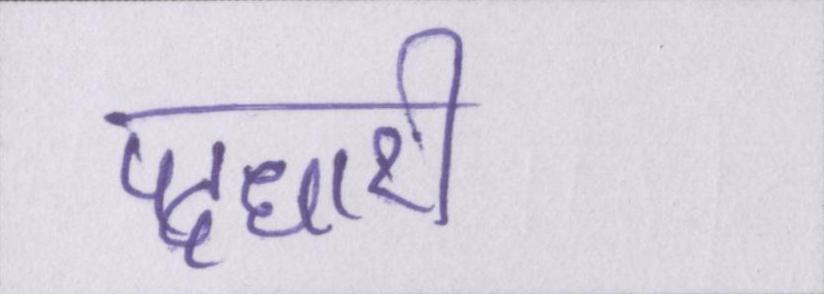
पदधारी